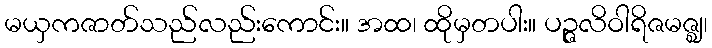
မယှကဇာတ်သည်လည်းကောင်း။ အထ၊ ထိုမှတပါး။ ပဉ္ဇလိဝါရိဇမဇ္ဈ၊